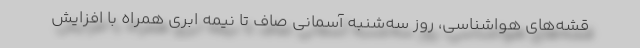
قشه‌های هواشناسی، روز سه‌شنبه آسمانی صاف تا نیمه ابری همراه با افزایش